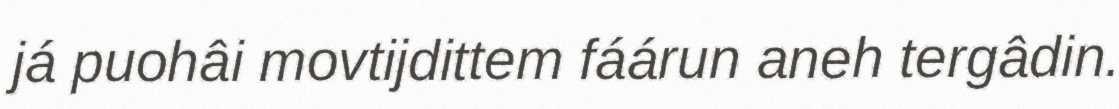
já puohâi movtijdittem fáárun aneh tergâdin.